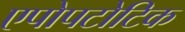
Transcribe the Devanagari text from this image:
एपोपटोटिक